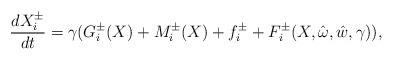
LaTeX: \begin{align*}\frac{dX_i^{\pm}}{dt}= \gamma (G_i^{\pm}( X) + M_{i}^{\pm}( X) + f_i^{\pm} + F_i^{\pm}( X, \hat \omega,\hat w, \gamma)),\end{align*}